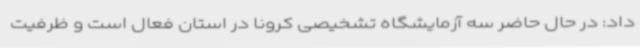
داد: در حال حاضر سه آزمایشگاه تشخیصی کرونا در استان فعال است و ظرفیت